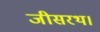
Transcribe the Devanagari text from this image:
जीसरथ।